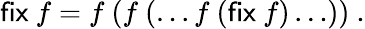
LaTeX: {\textsf{fix}}\ f=f\ (f\ (\ldots f\ ({\textsf{fix}}\ f)\ldots))\ .